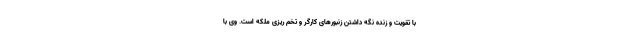
با تقویت و زنده نگه داشتن زنبورهای کارگر و تخم ریزی ملکه است. وی با